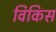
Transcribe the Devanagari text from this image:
विकिस